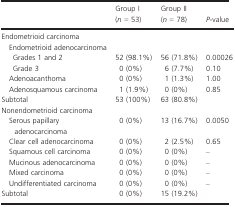
<table><thead><tr><td></td><td><b>Group I (<i>n</i>=53)</b></td><td><b>Group II (<i>n</i>=78)</b></td><td><b><i>P</i>-value</b></td></tr></thead><tbody><tr><td colspan="4">Endometrioid carcinoma</td></tr><tr><td colspan="4"> Endometrioid adenocarcinoma</td></tr><tr><td>Grades 1 and 2</td><td>52 (98.1%)</td><td>56 (71.8%)</td><td>0.00026</td></tr><tr><td>Grade 3</td><td>0 (0%)</td><td>6 (7.7%)</td><td>0.10</td></tr><tr><td> Adenoacanthoma</td><td>0 (0%)</td><td>1 (1.3%)</td><td>1.00</td></tr><tr><td> Adenosquamous carcinoma</td><td>1 (1.9%)</td><td>0 (0%)</td><td>0.85</td></tr><tr><td>Subtotal</td><td>53 (100%)</td><td>63 (80.8%)</td><td></td></tr><tr><td colspan="4">Nonendometrioid carcinoma</td></tr><tr><td> Serous papillary adenocarcinoma</td><td>0 (0%)</td><td>13 (16.7%)</td><td>0.0050</td></tr><tr><td> Clear cell adenocarcinoma</td><td>0 (0%)</td><td>2 (2.5%)</td><td>0.65</td></tr><tr><td> Squamous cell carcinoma</td><td>0 (0%)</td><td>0 (0%)</td><td>–</td></tr><tr><td> Mucinous adenocarcinoma</td><td>0 (0%)</td><td>0 (0%)</td><td>–</td></tr><tr><td> Mixed carcinoma</td><td>0 (0%)</td><td>0 (0%)</td><td>–</td></tr><tr><td> Undifferentiated carcinoma</td><td>0 (0%)</td><td>0 (0%)</td><td>–</td></tr><tr><td>Subtotal</td><td>0 (0%)</td><td>15 (19.2%)</td><td></td></tr></tbody></table>